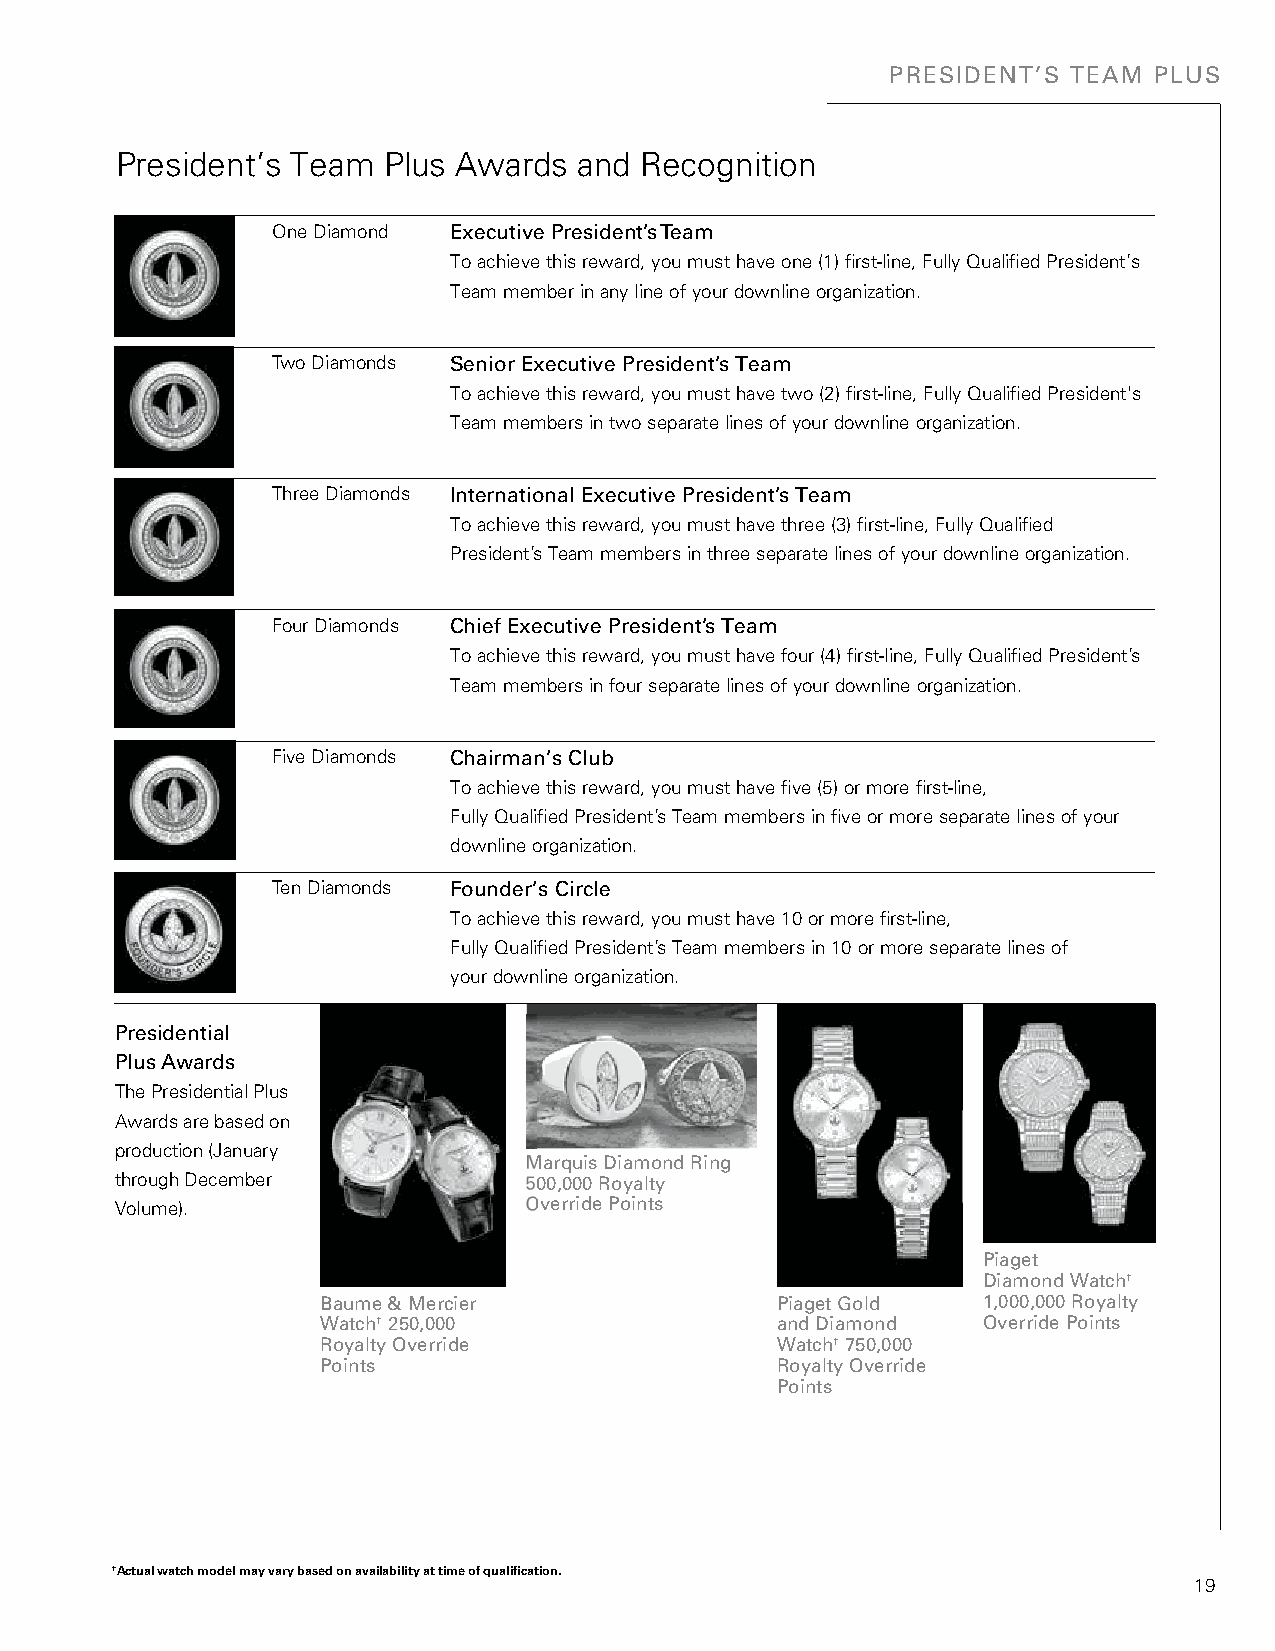
PRESIDENT’S TEAM PLUS
 President’s Team Plus Awards  and Recognition
 One Diamond Executive President’s Team
 To achieve this reward, you must have one (1) first-line, Fully Qualified President’s
 Team member in any line of your downline organization.
 Two Diamonds Senior Executive President’s Team
 To achieve this reward, you must have two (2) first-line, Fully Qualified President's
 Team members in two separate lines of your downline organization.
 Three Diamonds International Executive President’s Team
 To achieve this reward, you must have three (3) first-line, Fully Qualified
 President’s Team members in three separate lines of your downline organization.
 Four Diamonds Chief Executive President’s Team
 To achieve this reward, you must have four (4) first-line, Fully Qualified President’s
 Team members in four separate lines of your downline organization.
 Five Diamonds Chairman’s Club
 To achieve this reward, you must have five (5) or more first-line,
 Fully Qualified President’s Team members in five or more separate lines of your
 downline organization.
 Ten Diamonds Founder’s Circle
 To achieve this reward, you must have 10 or more first-line,
 Fully Qualified President’s Team members in 10 or more separate lines of
 your downline organization.
 Presidential
 Plus Awards
 The Presidential Plus
 Awards are based on
 production (January
 MMaarrqquuiiss DDiiaammoonndd RRiinngg
 through December           550000,,000000 RRooyyaallttyy
 Volume).                   OOvveerrrriiddee PPooiinnttss
 Piaget
 Diamond Watch†
 Baume & Mercier               Piaget Gold   1,000,000 Royalty
 Watch† 250,000                and Diamond   Override Points
 Royalty Override              Watch† 750,000
 Points                        Royalty Override
 Points
 †Actual watch model may vary based on availability at time of qualification.
 19